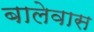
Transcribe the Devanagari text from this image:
बालेवास